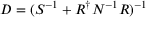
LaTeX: D = ( S ^ { - 1 } + R ^ { \dagger } N ^ { - 1 } R ) ^ { - 1 }